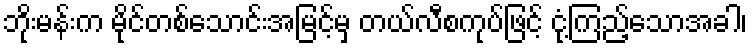
ဘိုးမန်းက မိုင်တစ်သောင်းအမြင့်မှ တယ်လီစကုပ်ဖြင့် ငုံ့ကြည့်သောအခါ၊